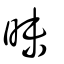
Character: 昧